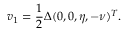
\boldsymbol { v } _ { 1 } = \frac { 1 } { 2 } \Delta ( 0 , 0 , \eta , - \nu ) ^ { T } .